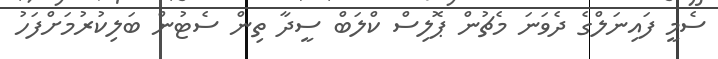
ސެމީ ފައިނަލްގެ ދެވަނަ މެޗުން ޕޮލިސް ކްލަބް ސީދާ ތިން ސެޓުން ބަލިކުރުމަށްފަހު